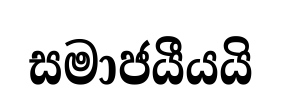
සමාජයීයයි